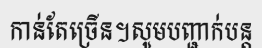
កាន់តែច្រើន។សូមបញ្ជាក់បន្ត